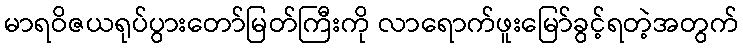
မာရဝိဇယရုပ်ပွားတော်မြတ်ကြီးကို လာရောက်ဖူးမြော်ခွင့်ရတဲ့အတွက်